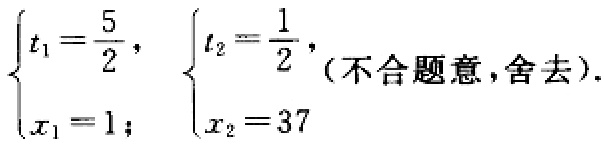
$\begin{cases}t_{1}=\dfrac{5}{2}, \\x_{1}=1;\end{cases}$ $\begin{cases}t_{2}=\dfrac{1}{2}, \\x_{2}=37\end{cases}$(不合题意,舍去).